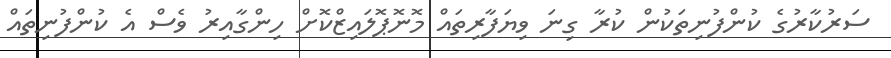
ސަރުކާރުގެ ކުންފުނިތަކުން ކުރާ ގިނަ ވިޔަފާރިތައް މޮނޮޕޮލައިޒްކޮށް ހިންގާއިރު ވެސް އެ ކުންފުނިތައް